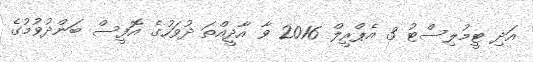
އަދި ޓީމުލިސްޓު 3 އެޕްރީލް 2016 ވާ އާދީއްތަ ދުވަހުގެ އޮފީސް ބަންދުވުމުގެ